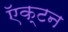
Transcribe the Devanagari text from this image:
ऍक्टन